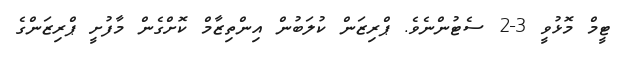
ޓީމް މޮޅުވީ 3-2 ސެޓުންނެވެ. ޕްރިޒަން ކުލަބުން އިންތިޒާމް ކޮށްގެން މާފުށީ ޕްރިޒަންގެ